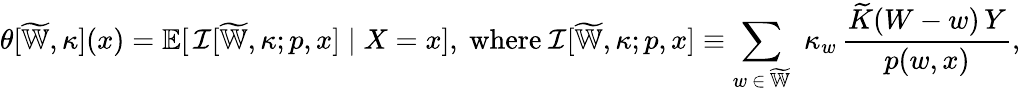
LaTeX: \theta[\widetilde{\mathbb{W}},\kappa](x)=\mathbb{E}[\, \mathcal{I}[\widetilde{\mathbb{W}},\kappa;p,x]\mid X=x],\mathrm{~where~}\mathcal{I}[\widetilde{\mathbb{W}},\kappa;p,x]\equiv\sum_{w\, \in\, \widetilde{\mathbb{W}}}\, \, \kappa_{w}\, \frac{\widetilde{K}(W-w)\, Y}{p(w,x)},